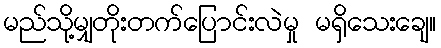
မည်သို့မျှတိုးတက်ပြောင်းလဲမှု မရှိသေးချေ။